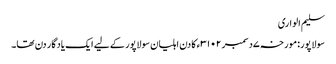
سلیم الواری
سولاپور:مورخہ ۷دسمبر ۳۱۰۲ء کا دن اہلیان سولاپور کے لیے ایک یادگار دن تھا۔